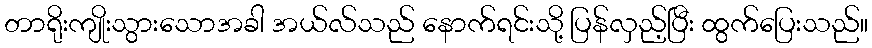
တာရိုးကျိုးသွားသောအခါ အယ်လ်သည် နောက်ရင်းသို့ ပြန်လှည့်ပြီး ထွက်ပြေးသည်။